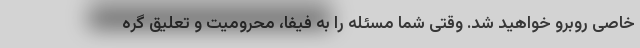
خاصی روبرو خواهید شد. وقتی شما مسئله را به فیفا، محرومیت و تعلیق گره